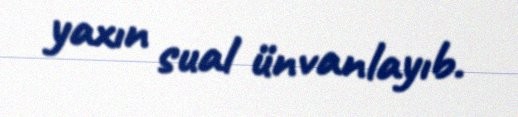
yaxın sual ünvanlayıb.